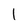
Character: l